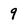
Character: 9